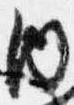
内